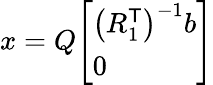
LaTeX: x=Q{\left[\begin{array}{l}{\left(R_{1}^{\textsf{T}}\right)^{-1}b}\\ {0}\end{array}\right]}